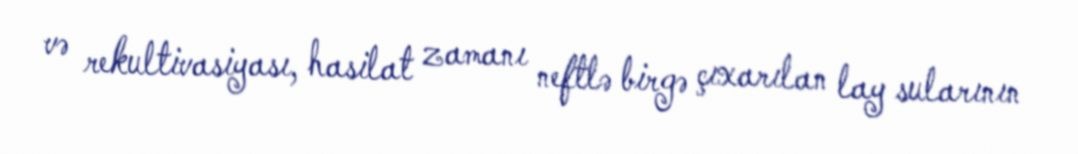
və rekultivasiyası, hasilat zamanı neftlə birgə çıxarılan lay sularının